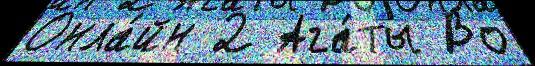
Онла́йн 2 Ага́ты Во